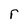
Character: r